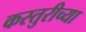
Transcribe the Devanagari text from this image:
कस्तुरीच्या